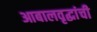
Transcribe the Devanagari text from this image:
आबालवृद्धांची